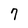
Character: 7